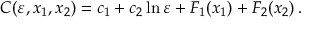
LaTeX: C ( \varepsilon , x _ { 1 } , x _ { 2 } ) = c _ { 1 } + c _ { 2 } \ln \varepsilon + F _ { 1 } ( x _ { 1 } ) + F _ { 2 } ( x _ { 2 } ) \, .